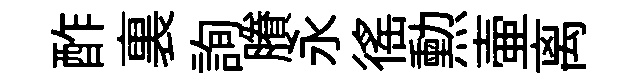
酢裏詢賸永徭勲壷离